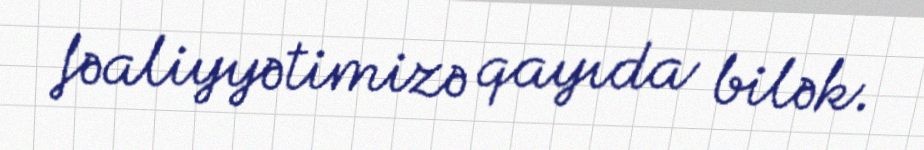
fəaliyyətimizə qayıda bilək.